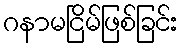
ဂနာမငြိမ်ဖြစ်ခြင်း